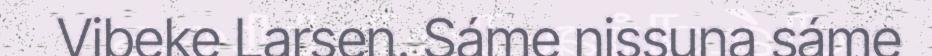
Vibeke Larsen. Sáme nissuna sáme